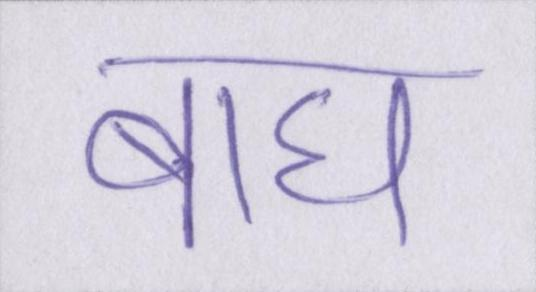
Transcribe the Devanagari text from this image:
बाघ